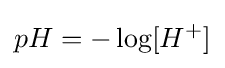
pH=-\log[H^{+}]